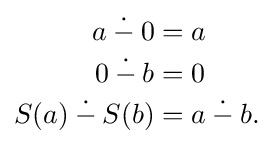
{\begin{aligned}a\mathbin {\dot {-}} 0&=a\\0\mathbin {\dot {-}} b&=0\\S(a)\mathbin {\dot {-}} S(b)&=a\mathbin {\dot {-}} b.\end{aligned}}